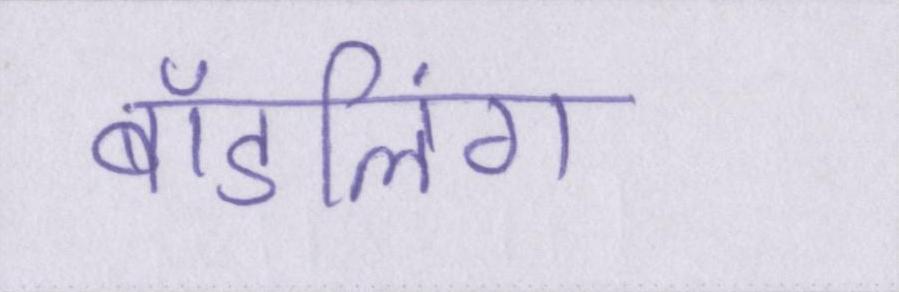
बॉडलिंग